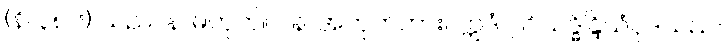
(နိ၊ ၃၈၆) သည်။ န၊ မဟုတ်။ ပန၊ အဟုတ်ကား။ ဣဒံ၊ ဤသဒ္ဓိန္ဒြိယံပုဒ်သည်။